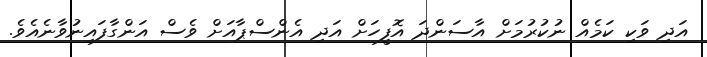
އަދި ވަކި ކަމެއް ނުކުރުމަށް އާސަންދަ އޮފީހަށް އަދި އެންސްޕާއަށް ވެސް އަންގާފައިނުވާނެއެވެ.